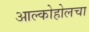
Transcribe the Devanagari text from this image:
आल्कोहोलचा